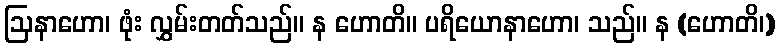
ဩနာဟော၊ ဖုံး လွှမ်းတတ်သည်။ န ဟောတိ။ ပရိယောနာဟော၊ သည်။ န (ဟောတိ၊)